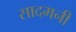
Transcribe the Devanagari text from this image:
सादमनी